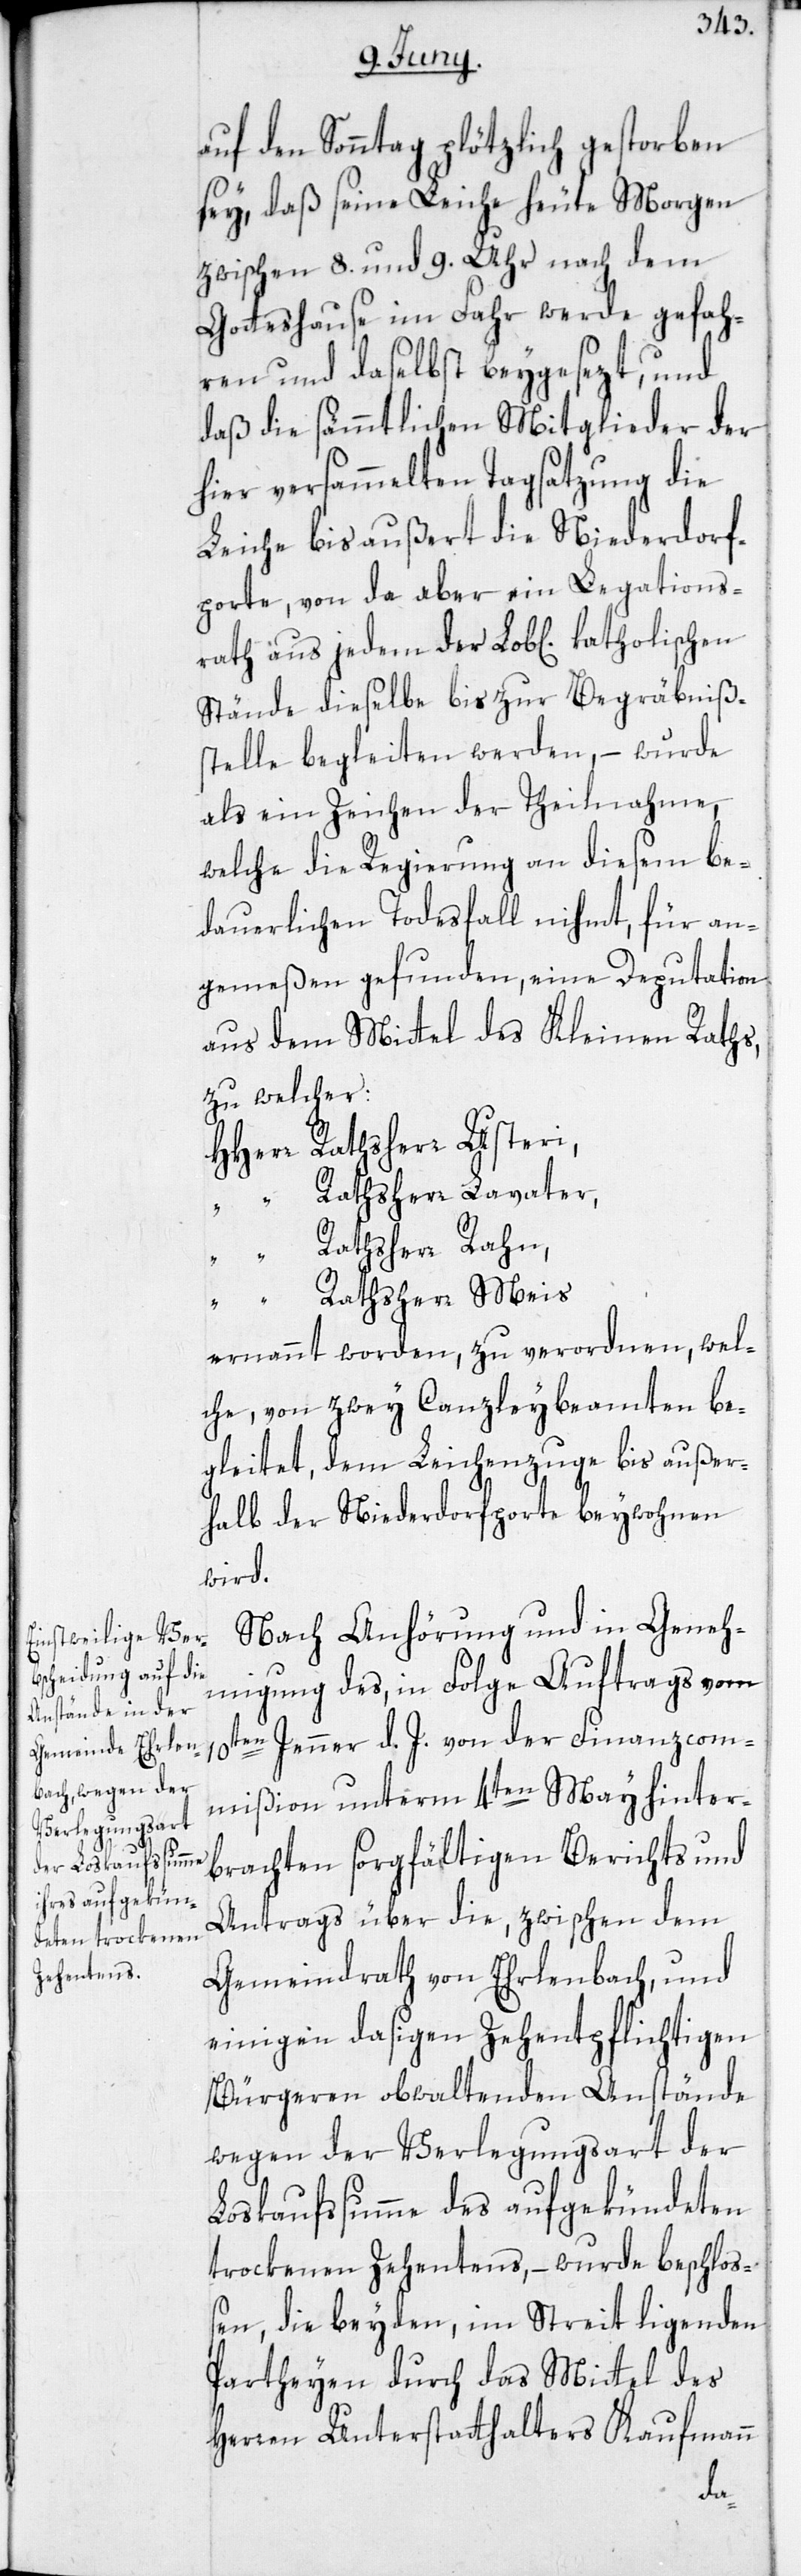
auf den Sonntag plötzlich gestorben
sey, daß seine Leiche heute Morgen
zwischen 8. und 9. Uhr nach dem
Gotteshause im Fahr werde gefah¬
ren und daselbst beygesezt, und
daß die sämmtlichen Mitglieder der
hier versammelten Tagsatzung die
Leiche bis außert die Niederdorf¬
porte, von da aber ein Legations¬
rath aus jedem der Lob[lichen]
Stände dieselbe bis zur Begräbniß¬
stelle begleiten werden, – wurde
als ein Zeichen der Theilnahme,
welche die Regierung an diesem be¬
dauerlichen Todesfall nihmt, für an¬
gemeßen gefunden, eine Deputation
aus dem Mittel des Kleinen Raths,
zu welcher:
HHerr Rathsherr Usteri,
“ Rathsherr Lavater,
“ Rathsherr Rahn
“ Rathsherr Meis
ernennt worden, zu verordnen, wel¬
che, von zwey Canzleybeamten be¬
gleitet, dem Leichenzuge bis außer¬
halb der Niederdorfporte beywohnen
wird.
Nach Anhörung und in Geneh¬
migung des, in Folge Auftrags vom
10ten Jenner d. J. von der Finanzcom¬
mißion unterm 4ten May hinter¬
brachten sorgfältigen Berichts und
Antrags über die, zwischen dem
Gemeindrath von Ehrlenbach, und
einigen dasigen Zehentpflichtigen
Bürgeren obwaltenden Anstände
wegen der Verlegungsart der
Loskaufssumme des aufgekündeten
trockenen Zehentens, – wurde beschloss¬
en, die beyden, im Streit ligenden
Partheyen durch das Mittel des
Herren Unterstatthalters Kaufmann